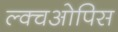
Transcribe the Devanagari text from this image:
ल्क्चओपिस